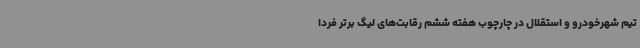
تیم شهرخودرو و استقلال در چارچوب هفته ششم رقابت‌های لیگ برتر فردا